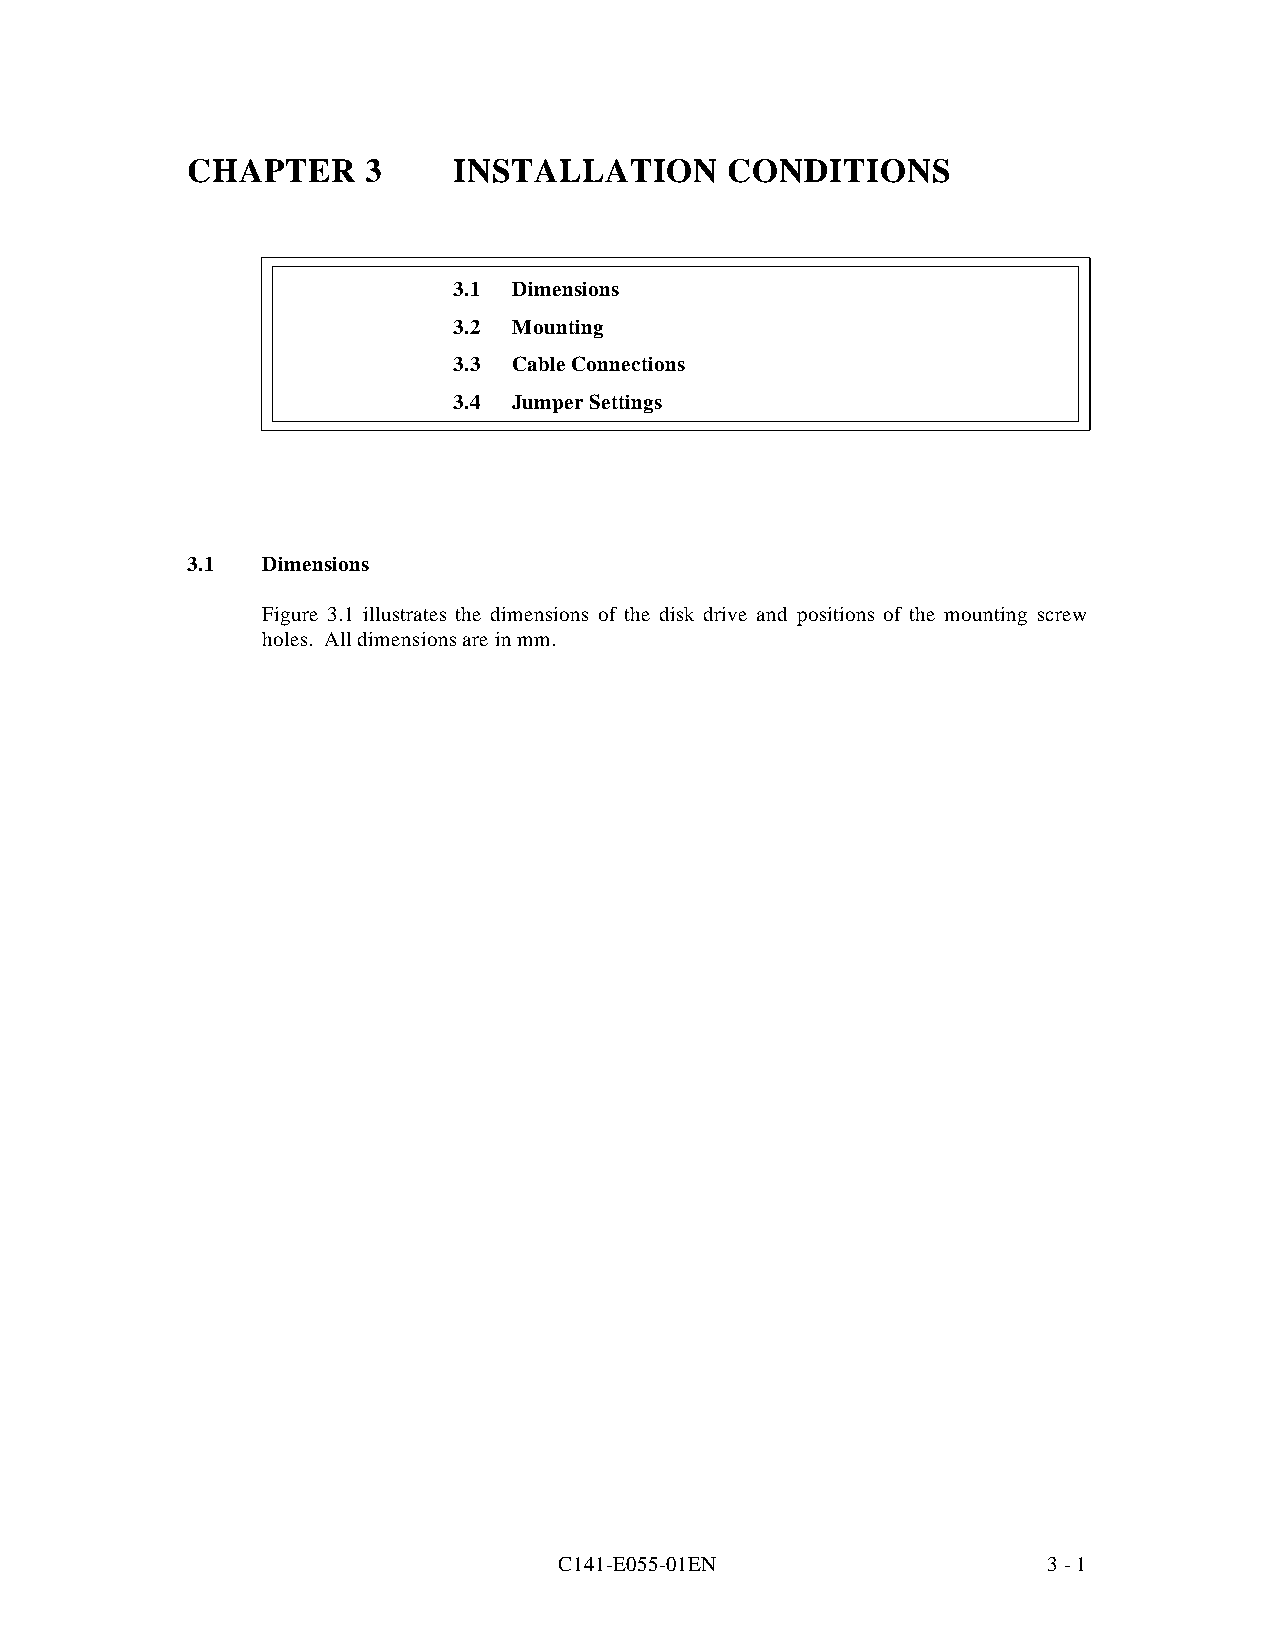
CHAPTER     3     INSTALLATION      CONDITIONS
 3.1 Dimensions
 3.2 Mounting
 3.3 Cable Connections
 3.4 Jumper Settings
 3.1  Dimensions
 Figure 3.1 illustrates the dimensions of the disk drive and positions of the mounting screw
 holes. All dimensions are in mm.
 C141-E055-01EN                  3 - 1